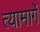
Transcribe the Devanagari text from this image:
त्यामार्गे